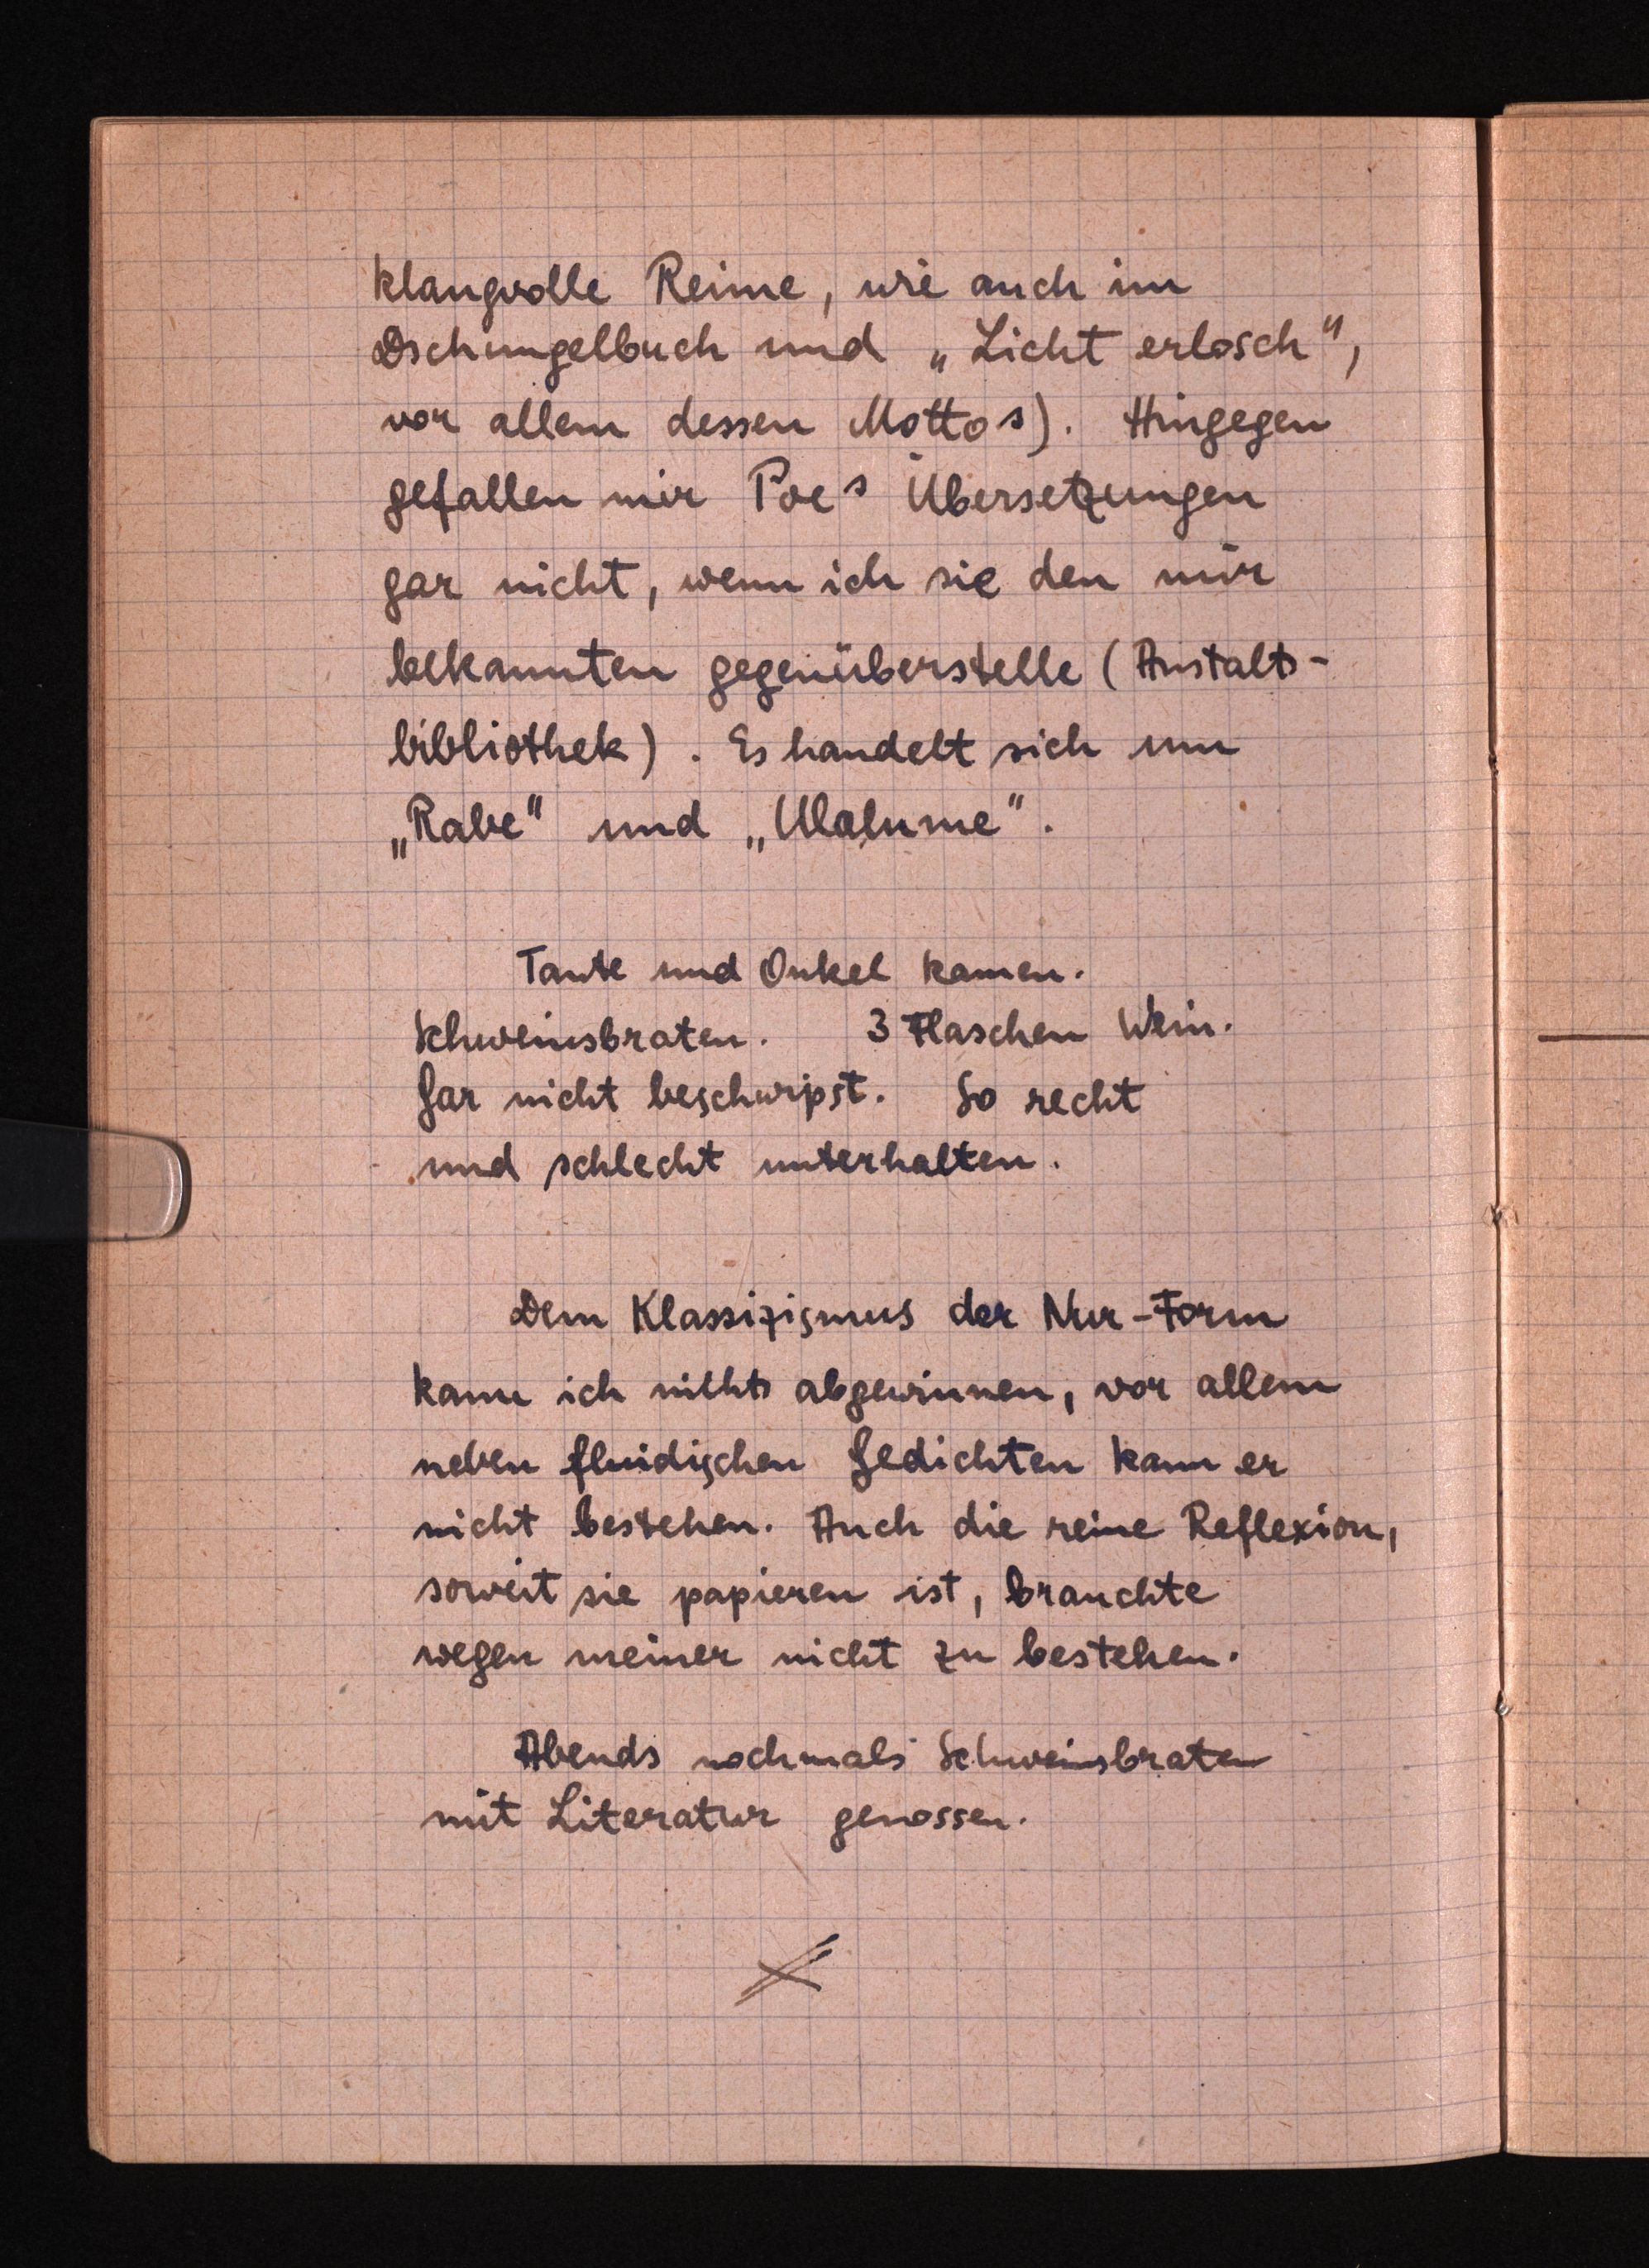
langvolle Reime, wieauch im
Dschungelbuch und "Licht erlosch",
vor allem dessen Mottos). Hingegen
gefallen mir Poes Übersetzungen
gar nicht, wenn ich sie den mir
bekannten gegenüberstelle (Anstalts¬
bibliothek). Es handeltsich um
"Rabe" und "Ulalume".
Tante und Onkel kamen.
Schweinsbraten. 3 Flaschen Wein.
Gar nichtbeschwipst. So recht
und schlecht unterhalten.
Dem Klassizismus der Nur-Form
kann ich nichts abgewinnen, vor allem
neben fluidischen Gedichten kann er
nicht bestehen. Auch die reineReflexion,
soweit sie papieren ist, brauchte
wegen meiner nicht zubestehen.
Abends nochmals Schweinsbraten
mit Literatur genossen.